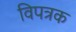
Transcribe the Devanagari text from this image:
विपत्रक